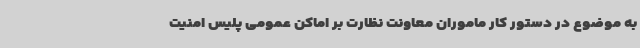
به موضوع در دستور کار ماموران معاونت نظارت بر اماکن عمومی پلیس امنیت